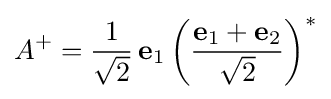
A^{+}={\frac {1}{\sqrt {2}}}\,\mathbf {e} _{1}\left({\frac {\mathbf {e} _{1}+\mathbf {e} _{2}}{\sqrt {2}}}\right)^{*}